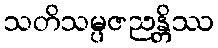
သတိသမ္ပဇညန္တိဿ